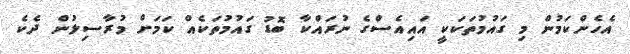
އެހެންކަމުން މި ގައުމުތަކަކީ އައިއެސްގެ ނުރައްކާ ބޮޑު ގައުމުތަކެއް ކަމަށް މުރާސިލުން ދެކެ